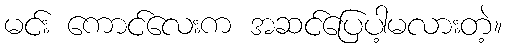
မင်း ကောင်လေးက အဆင်ပြေပါ့မလားတဲ့။